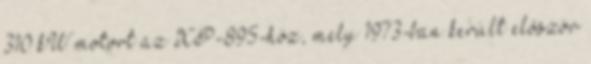
310 kW motort az XP-895-höz, mely 1973-ban került először